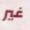
غير